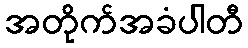
အတိုက်အခံပါတီ